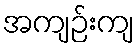
အကျဉ်းကျ